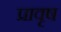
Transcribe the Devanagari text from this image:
प्रावृष